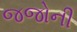
જજોની